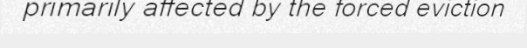
primarily affected by the forced eviction